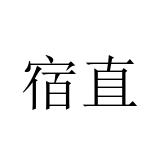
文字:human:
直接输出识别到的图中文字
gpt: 宿直